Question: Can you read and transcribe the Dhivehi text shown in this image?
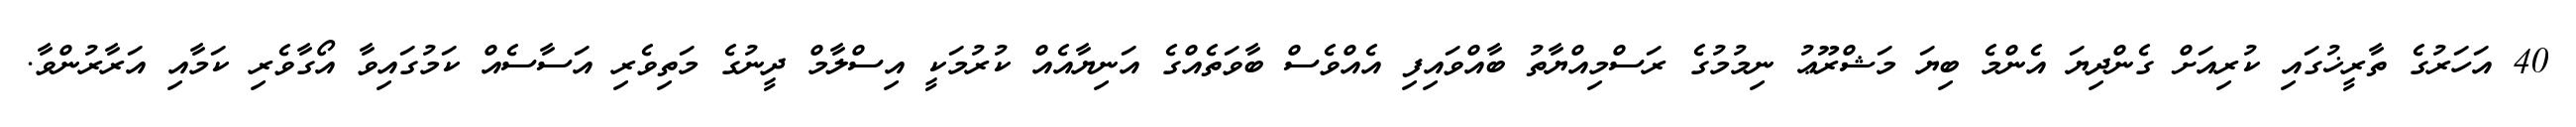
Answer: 40 އަހަރުގެ ތާރީޚުގައި ކުރިއަށް ގެންދިޔަ އެންމެ ބިޔަ މަޝްރޫޢު ނިމުމުގެ ރަސްމިއްޔާތު ބާއްވައިފި އެއްވެސް ބާވަތެއްގެ އަނިޔާއެއް ކުރުމަކީ އިސްލާމް ދީނުގެ މަތިވެރި އަސާސެއް ކަމުގައިވާ އޯގާވެރި ކަމާއި އަރާރުންވާ.